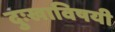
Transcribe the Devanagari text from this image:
दुःखाविषयी